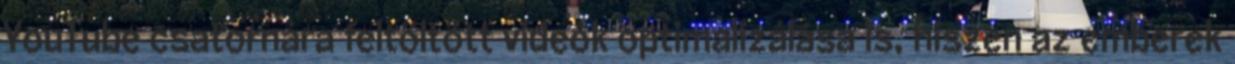
YouTube csatornára feltöltött videók optimalizálása is, hiszen az emberek